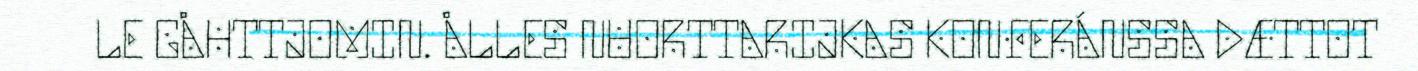
LE GÅHTTJOMIN. ÅLLES NUORTTARIJKAS KONFERÁNSSA DÆTTOT